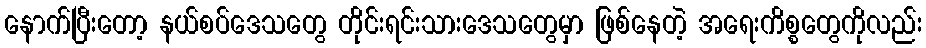
နောက်ပြီးတော့ နယ်စပ်ဒေသတွေ တိုင်းရင်းသားဒေသတွေမှာ ဖြစ်နေတဲ့ အရေးကိစ္စတွေကိုလည်း